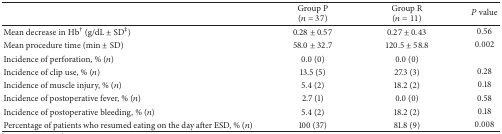
<table><thead><tr><td><b> </b></td><td><b>Group P (<i>n</i> = 37)</b></td><td><b>Group R(<i>n</i> = 11)</b></td><td><b><i>P</i> value</b></td></tr></thead><tbody><tr><td>Mean decrease in Hb<sup>†</sup> (g/dL ± SD<sup>‡</sup>)</td><td>0.28 ± 0.57</td><td>0.27 ± 0.43</td><td>0.56</td></tr><tr><td>Mean procedure time (min ± SD)</td><td>58.0 ± 32.7</td><td>120.5 ± 58.8</td><td>0.002</td></tr><tr><td>Incidence of perforation, % (<i>n</i>)</td><td>0.0 (0)</td><td>0.0 (0)</td><td> </td></tr><tr><td>Incidence of clip use, % (<i>n</i>)</td><td>13.5 (5)</td><td>27.3 (3)</td><td>0.28</td></tr><tr><td>Incidence of muscle injury, % (<i>n</i>)</td><td>5.4 (2)</td><td>18.2 (2)</td><td>0.18</td></tr><tr><td>Incidence of postoperative fever, % (<i>n</i>)</td><td>2.7 (1)</td><td>0.0 (0)</td><td>0.58</td></tr><tr><td>Incidence of postoperative bleeding, % (<i>n</i>)</td><td>5.4 (2)</td><td>18.2 (2)</td><td>0.18</td></tr><tr><td>Percentage of patients who resumed eating on the day after ESD, % (<i>n</i>)</td><td>100 (37)</td><td>81.8 (9)</td><td>0.008</td></tr></tbody></table>